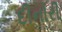
દીનોરી